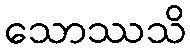
သောဿသိ